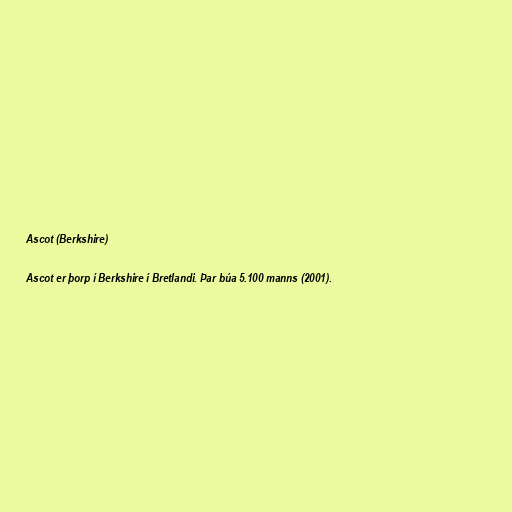
Ascot (Berkshire)

Ascot er þorp í Berkshire í Bretlandi. Þar búa 5.100 manns (2001).